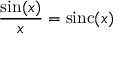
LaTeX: { \frac { \sin ( x ) } { x } } = \operatorname { s i n c } ( x )